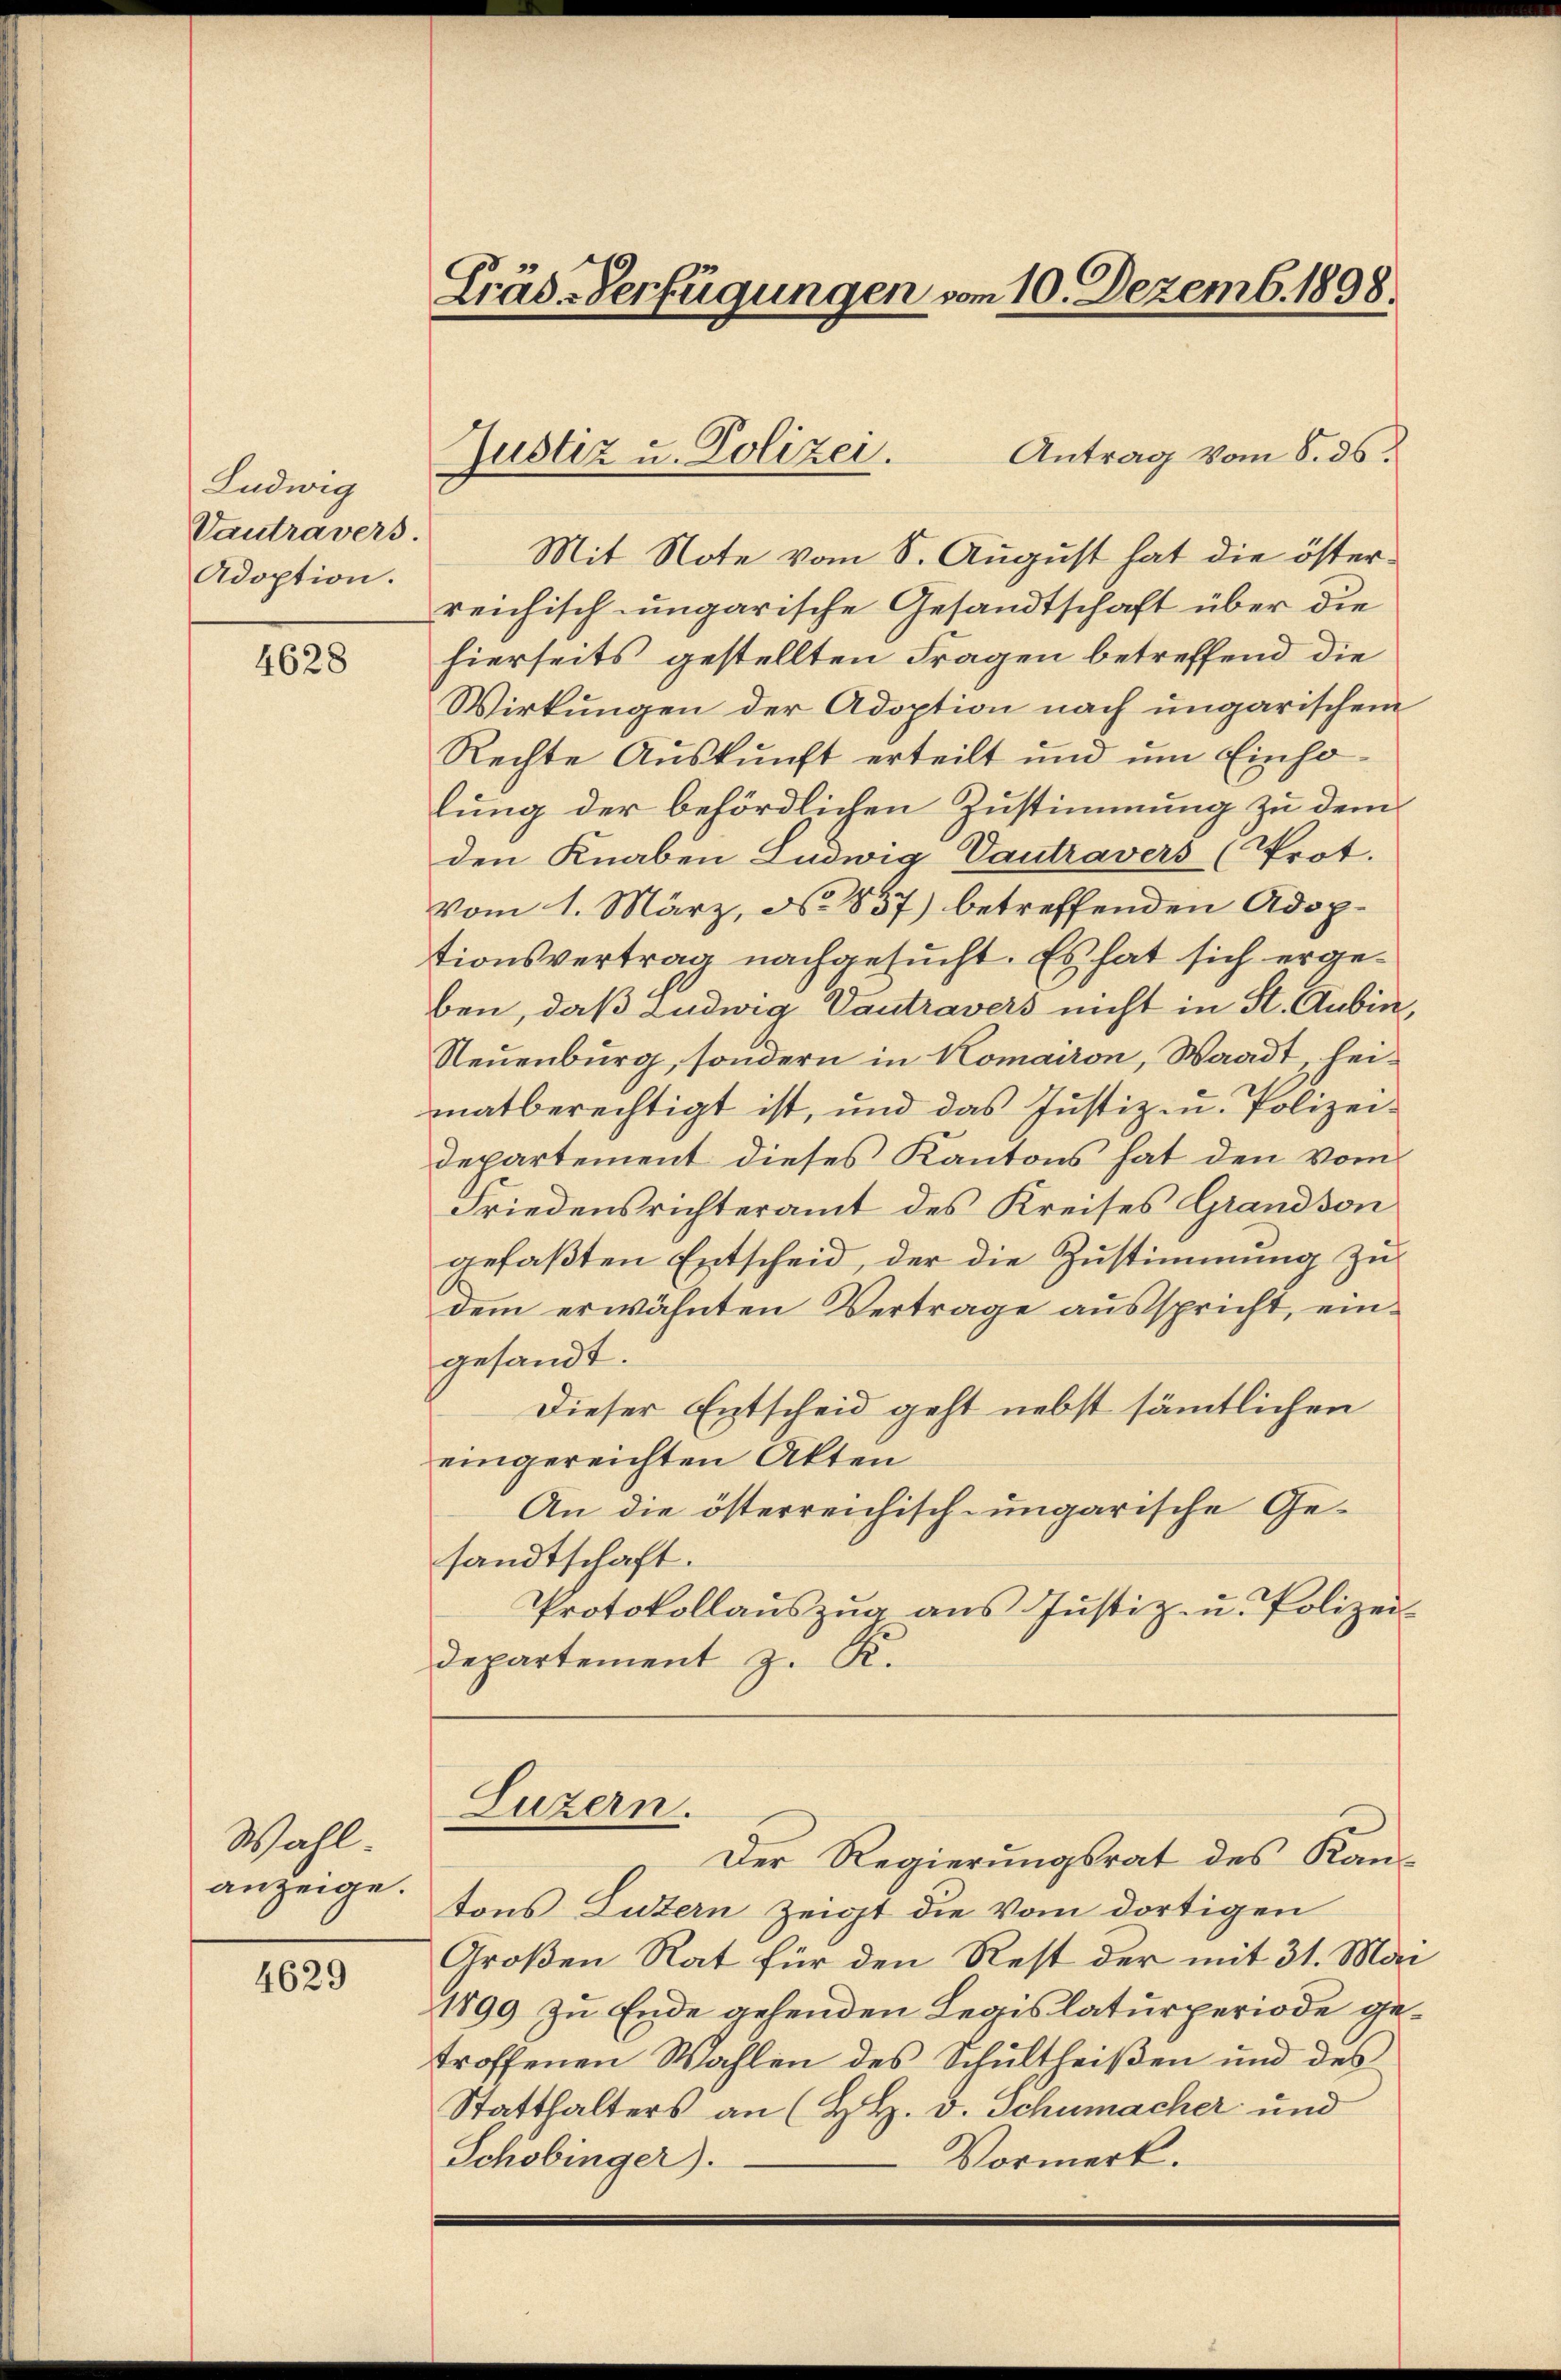
Ludwig
Vautravers.
Adoption.

4628

Wahl
anzeige.

4629

Cräs-Verfügungen vom 10. Dezemb. 1898.

Antrag vom 8. ds.
Mit Note vom S. August hat die österreichisch-ungarische Gesandtschaft über die
hierseits gestellten Fragen betreffend die
Wirkungen der Adoption nach ungarischem
Rechte Auskunft erteilt und um Einholung der behördlichen Zustimmung zu dem
den Knaben Ludwig Vantravers (Prot.
vom 1. März, No 837) betreffenden Adoptionsvertrag nachgesucht. Es hat sich ergeben, daß Ludwig Dantravers nicht in St. Aubin,
Neuenburg, sondern in Komairon, Waadt, heimatberechtigt ist, und das Justiz u. Polizei¬
Departement dieses Kantons hat den vom
Friedensrichteramt des Kreises Grandson
gefaßten Entscheid, der die Zustimmung zu
dem erwähnten Vertrage ausspricht, eingesandt.
Dieser Entscheid geht nebst sämmtlichen
eingereichten Akten
An die österreichisch-ungarische Gesandtschaft.
Protokollaŭszŭg ans Justiz- u. Polizei-
Departement z. R.
Luzern.
Der Regierungsrat des Kantons Luzern zeigt die Vom dortigen
Großen Rat für den Rest der mit 31. Mai
1899 zu Ende gehenden Legislaturperiode getroffenen Wahlen des Schultheißen und des
Statthalters an (H. H. v. Schumacher und
Schobinger).
Vormerk.

Justiz u. Polizei.